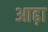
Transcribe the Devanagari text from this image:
आढ़ा